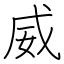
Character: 威